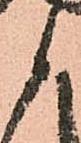
御